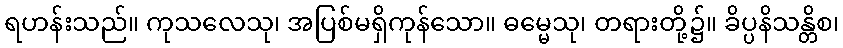
ရဟန်းသည်။ ကုသလေသု၊ အပြစ်မရှိကုန်သော။ ဓမ္မေသု၊ တရားတို့၌။ ခိပ္ပနိသန္တိစ၊